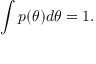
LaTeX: \int p ( \theta ) d \theta = 1 .